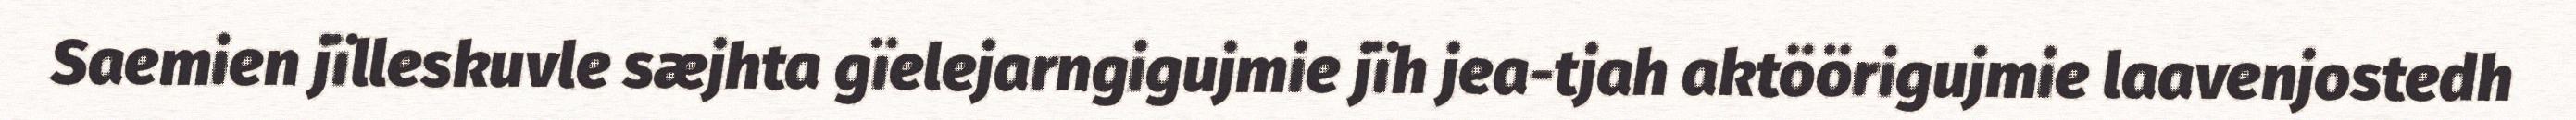
Saemien jïlleskuvle sæjhta gïelejarngigujmie jïh jea-tjah aktöörigujmie laavenjostedh